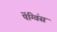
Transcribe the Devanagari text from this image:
पेंग्विंस